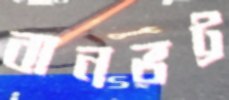
বানভট্ট